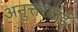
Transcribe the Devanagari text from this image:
अनुत्तरदाई